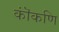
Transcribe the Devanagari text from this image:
कॊंकणि